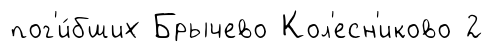
пог'и́бших Брычево Кол'есн'иково 2